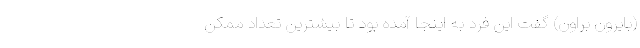
(بایرون براون) گفت این فرد به اینجا آمده بود تا بیشترین تعداد ممکن